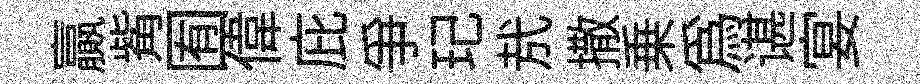
贏觜囿偉庇争玘㢤撒乗爲谌宴